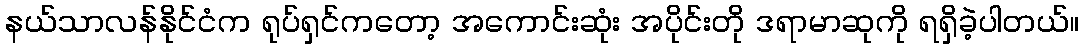
နယ်သာလန်နိုင်ငံက ရုပ်ရှင်ကတော့ အကောင်းဆုံး အပိုင်းတို ဒရာမာဆုကို ရရှိခဲ့ပါတယ်။